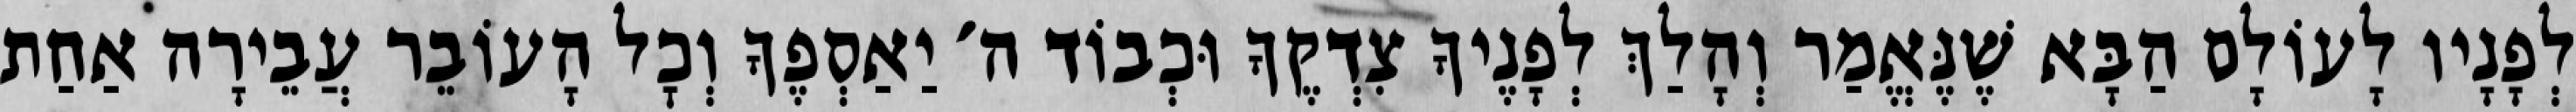
לְפָנָיו לָעוֹלָם הַבָּא שֶׁנֶּאֱמַר וְהָלַךְ לְפָנֶיךָ צִדְקֶךָ וּכְבוֹד ה׳ יַאַסְפֶךָ וְכׇל הָעוֹבֵר עֲבֵירָה אַחַת